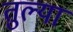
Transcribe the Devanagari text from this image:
तुल्या